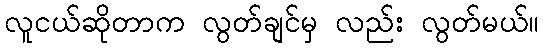
လူငယ်ဆိုတာက လွတ်ချင်မှ လည်း လွတ်မယ်။